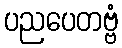
ပညပေတဗ္ဗံ